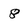
Character: 8